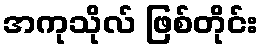
အကုသိုလ် ဖြစ်တိုင်း